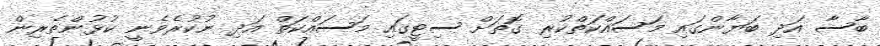
ބާސާ އަދި ބަޔާންގައި މަސައްކަތްކުރި ގޮތަށް ސިޓީގައި މަސައްކަތް އަދި ނުކުރެވެނީ ކުޅުންތެރިން